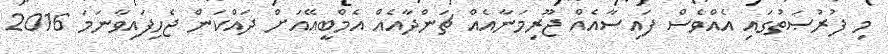
މި ފުރުޞަތުގައި އެއްވެސް ފައިސާއެއް ޖޫރިމަނާއެއް ޗަންދާއެއް އެމްބީއޭއަށް ދައްކަން ޖެހިފައިވާނަމަ 2016